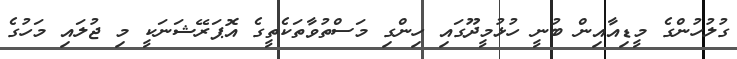
ގުލުހުންގެ މީޑިއާއިން ބުނީ ހުޅުމީދޫގައި ހިންގި މަސްތުވާތަކެތީގެ އޮޕަރޭޝަނަކީ މި ޖުލައި މަހުގެ